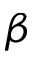
\beta